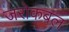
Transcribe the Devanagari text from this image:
जरोकबल